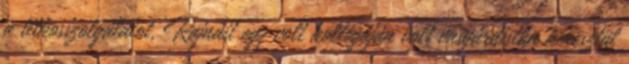
a titkosszolgálatot, Rajnait egy volt kollégáján volt vasgárdistán keresztül